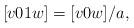
LaTeX: \begin{align*}[v01w] = [v0w]/a,\end{align*}